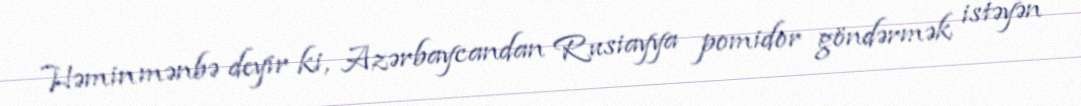
Həmin mənbə deyir ki, Azərbaycandan Rusiayya pomidor göndərmək istəyən